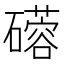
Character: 𬒦